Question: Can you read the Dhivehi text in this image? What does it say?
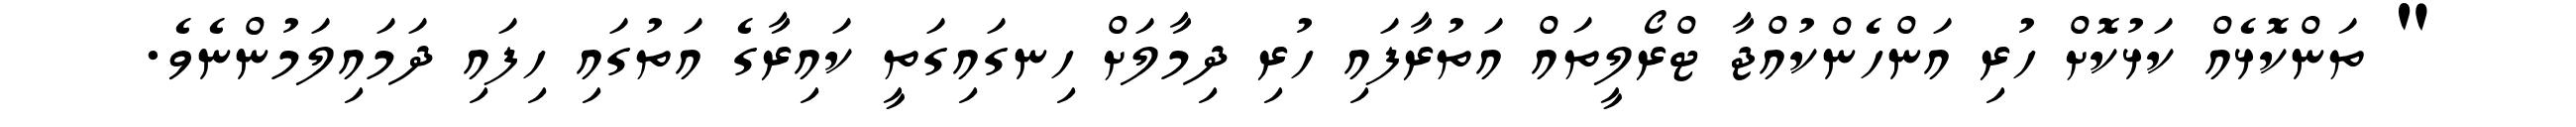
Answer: " ތަންކޮޅެއް ކަޅުކޮށް ހުރި އަންހެންކުއްޖާ ޓްރޯލީތައް އަތުރާފައި ހުރި ދިމާލަށް ހިނގައިގަތީ ކައިރާގެ އަތުގައި ހިފައި ދަމައިލަމުންނެވެ.